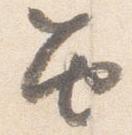
笛